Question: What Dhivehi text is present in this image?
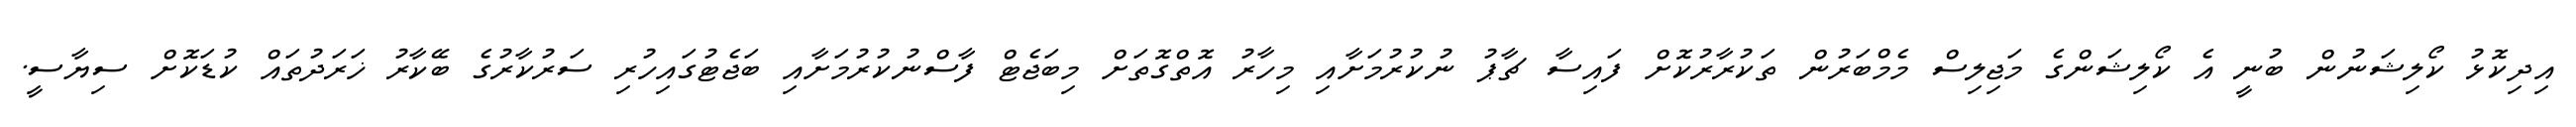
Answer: އިދިކޮޅު ކޯލިޝަނުން ބުނީ އެ ކޯލިޝަންގެ މަޖިލިސް މެމްބަރުން ތަކުރާރުކޮށް ފައިސާ ޗާޕު ނުކުރުމަށާއި މިހާރު އޮތްގޮތަށް މިބަޖެޓް ފާސްނުކުރުމަށާއި ބަޖެޓުގައިހުރި ސަރުކާރުގެ ބޭކާރު ޚަރަދުތައް ކުޑަކޮށް ސިޔާސީ.